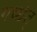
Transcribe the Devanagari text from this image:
गच्छेत्‌